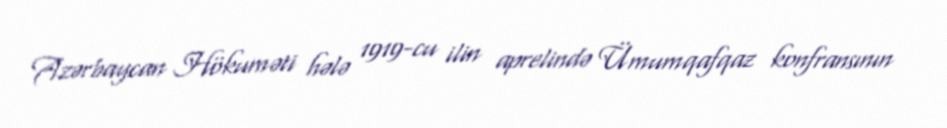
Azərbaycan Hökuməti hələ 1919-cu ilin aprelində Ümumqafqaz konfransının